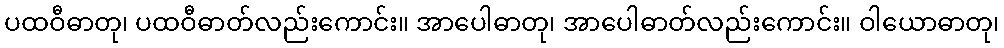
ပထဝီဓာတု၊ ပထဝီဓာတ်လည်းကောင်း။ အာပေါဓာတု၊ အာပေါဓာတ်လည်းကောင်း။ ဝါယောဓာတု၊